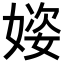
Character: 𪦌